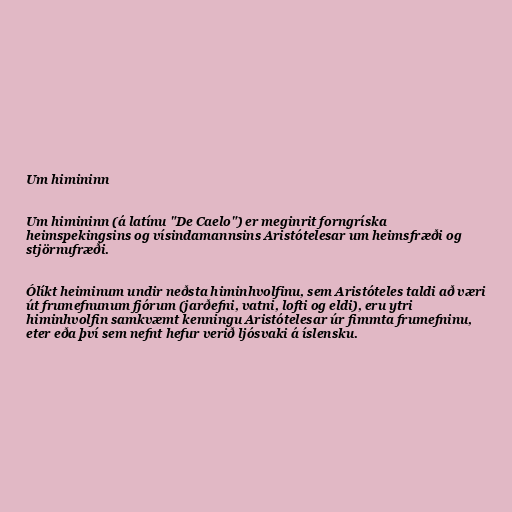
Um himininn

Um himininn (á latínu "De Caelo") er meginrit forngríska
heimspekingsins og vísindamannsins Aristótelesar um heimsfræði og
stjörnufræði.

Ólíkt heiminum undir neðsta himinhvolfinu, sem Aristóteles taldi að væri
út frumefnunum fjórum (jarðefni, vatni, lofti og eldi), eru ytri
himinhvolfin samkvæmt kenningu Aristótelesar úr fimmta frumefninu,
eter eða því sem nefnt hefur verið ljósvaki á íslensku.